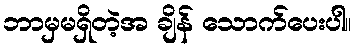
ဘာမှမရှိတဲ့အ ချိန် သောက်ပေးပါ။